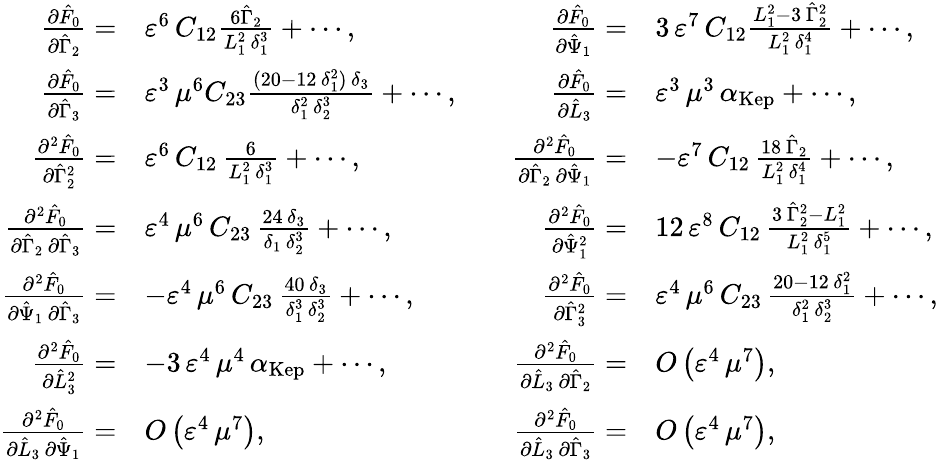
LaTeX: \begin{array}{rlrl}{\frac{\partial\hat{F}_{0}}{\partial\hat{\Gamma}_{2}}=}&{\varepsilon^{6}\, C_{12}\frac{6\hat{\Gamma}_{2}}{L_{1}^{2}\, \delta_{1}^{3}}+\cdots,\quad}&{\frac{\partial\hat{F}_{0}}{\partial\hat{\Psi}_{1}}=}&{3\, \varepsilon^{7}\, C_{12}\frac{L_{1}^{2}-3\, \hat{\Gamma}_{2}^{2}}{L_{1}^{2}\, \delta_{1}^{4}}+\cdots,}\\ {\frac{\partial\hat{F}_{0}}{\partial\hat{\Gamma}_{3}}=}&{\varepsilon^{3}\, \mu^{6}C_{23}\frac{(20-12\, \delta_{1}^{2})\, \delta_{3}}{\delta_{1}^{2}\, \delta_{2}^{3}}+\cdots,\quad}&{\frac{\partial\hat{F}_{0}}{\partial\hat{L}_{3}}=}&{\varepsilon^{3}\, \mu^{3}\, \alpha_{\mathrm{Kep}}+\cdots,}\\ {\frac{\partial^{2}\hat{F}_{0}}{\partial\hat{\Gamma}_{2}^{2}}=}&{\varepsilon^{6}\, C_{12}\, \frac{6}{L_{1}^{2}\, \delta_{1}^{3}}+\cdots,\quad}&{\frac{\partial^{2}\hat{F}_{0}}{\partial\hat{\Gamma}_{2}\, \partial\hat{\Psi}_{1}}=}&{-\varepsilon^{7}\, C_{12}\, \frac{18\, \hat{\Gamma}_{2}}{L_{1}^{2}\, \delta_{1}^{4}}+\cdots,}\\ {\frac{\partial^{2}\hat{F}_{0}}{\partial\hat{\Gamma}_{2}\, \partial\hat{\Gamma}_{3}}=}&{\varepsilon^{4}\, \mu^{6}\, C_{23}\, \frac{24\, \delta_{3}}{\delta_{1}\, \delta_{2}^{3}}+\cdots,\quad}&{\frac{\partial^{2}\hat{F}_{0}}{\partial\hat{\Psi}_{1}^{2}}=}&{12\, \varepsilon^{8}\, C_{12}\, \frac{3\, \hat{\Gamma}_{2}^{2}-L_{1}^{2}}{L_{1}^{2}\, \delta_{1}^{5}}+\cdots,}\\ {\frac{\partial^{2}\hat{F}_{0}}{\partial\hat{\Psi}_{1}\, \partial\hat{\Gamma}_{3}}=}&{-\varepsilon^{4}\, \mu^{6}\, C_{23}\, \frac{40\, \delta_{3}}{\delta_{1}^{3}\, \delta_{2}^{3}}+\cdots,\quad}&{\frac{\partial^{2}\hat{F}_{0}}{\partial\hat{\Gamma}_{3}^{2}}=}&{\varepsilon^{4}\, \mu^{6}\, C_{23}\, \frac{20-12\, \delta_{1}^{2}}{\delta_{1}^{2}\, \delta_{2}^{3}}+\cdots,}\\ {\frac{\partial^{2}\hat{F}_{0}}{\partial\hat{L}_{3}^{2}}=}&{-3\, \varepsilon^{4}\, \mu^{4}\, \alpha_{\mathrm{Kep}}+\cdots,\quad}&{\frac{\partial^{2}\hat{F}_{0}}{\partial\hat{L}_{3}\, \partial\hat{\Gamma}_{2}}=}&{O\left(\varepsilon^{4}\, \mu^{7}\right),}\\ {\frac{\partial^{2}\hat{F}_{0}}{\partial\hat{L}_{3}\, \partial\hat{\Psi}_{1}}=}&{O\left(\varepsilon^{4}\, \mu^{7}\right),\quad}&{\frac{\partial^{2}\hat{F}_{0}}{\partial\hat{L}_{3}\, \partial\hat{\Gamma}_{3}}=}&{O\left(\varepsilon^{4}\, \mu^{7}\right),}\end{array}